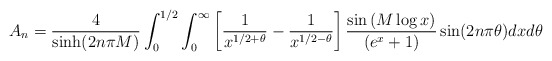
\begin{align*}\begin{aligned}A_n &=\frac{4}{\sinh(2n\pi M)}\int_0^{1/2}\int_{0}^{\infty} \left[\frac{1}{x^{1/2+\theta}}-\frac{1}{x^{1/2-\theta}}\right]\frac{\sin\left(M\log x\right) }{\left(e^{x}+1\right)} \sin(2n\pi\theta) dx d\theta\\\end{aligned}\end{align*}